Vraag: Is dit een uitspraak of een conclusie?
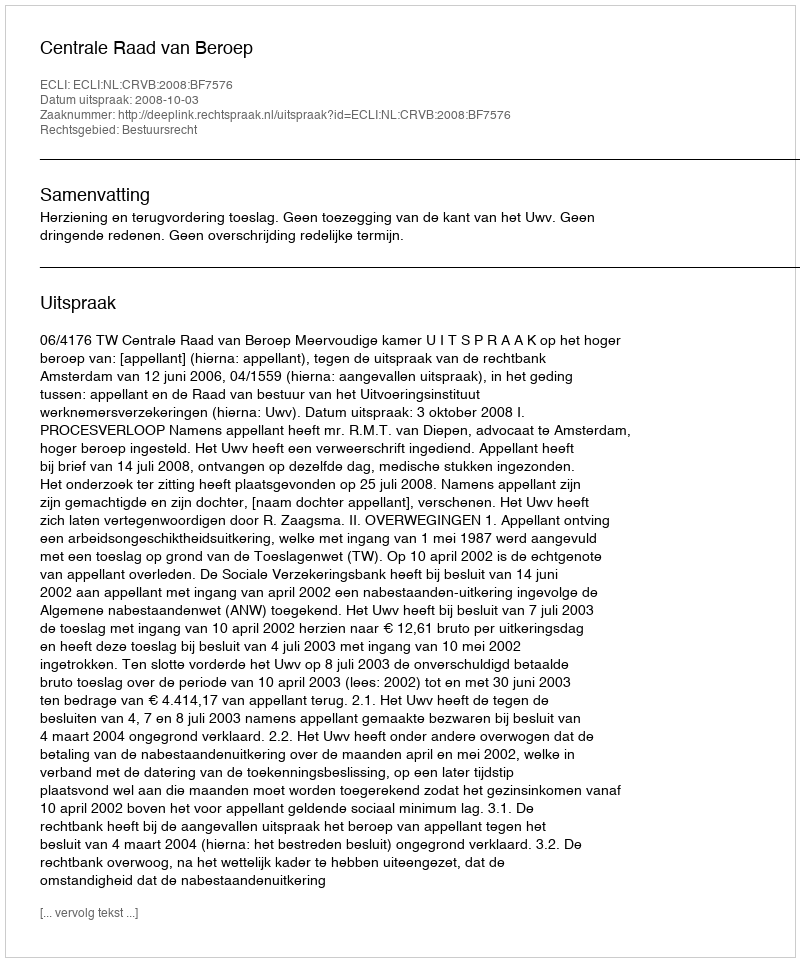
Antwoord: Uitspraak